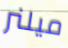
ميلنر